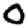
Digit: 0